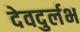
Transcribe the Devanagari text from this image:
देवदुर्लभ